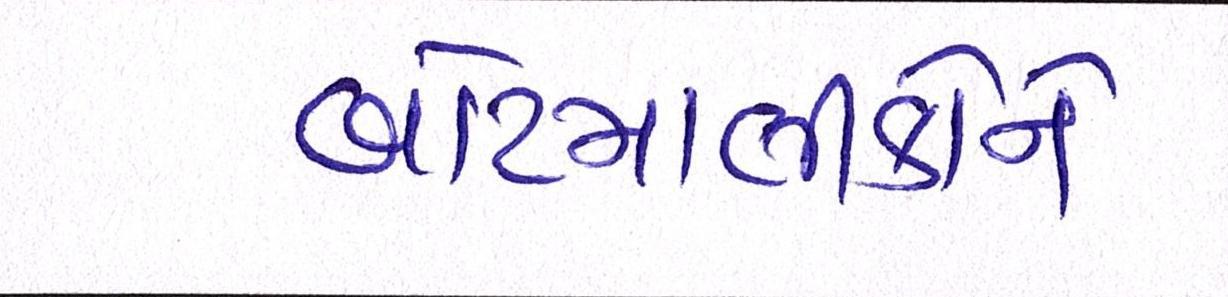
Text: બોટમાલીકોને